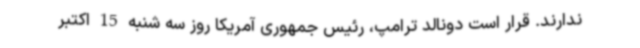
ندارند. قرار است دونالد ترامپ، رئیس جمهوری آمریکا روز سه شنبه 15 اکتبر